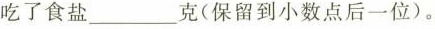
吃了食盐___克(保留到小数点后一位)。